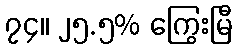
၇၄။ ၂၅.၅% ကြွေးမြီ